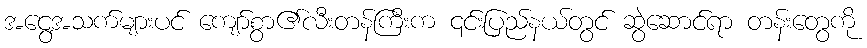
အငွေ့အသက်များပင် ကျော်စွာ၏လီးတန်ကြီးက ၎င်းပြည်နယ်တွင် ဆွဲဆောင်ရာ တန်းတွေကို